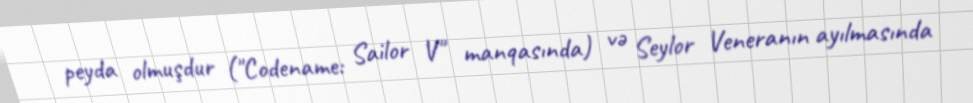
peyda olmuşdur ("Codename: Sailor V" manqasında) və Seylor Veneranın ayılmasında